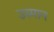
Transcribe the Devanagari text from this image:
उस्‍मान